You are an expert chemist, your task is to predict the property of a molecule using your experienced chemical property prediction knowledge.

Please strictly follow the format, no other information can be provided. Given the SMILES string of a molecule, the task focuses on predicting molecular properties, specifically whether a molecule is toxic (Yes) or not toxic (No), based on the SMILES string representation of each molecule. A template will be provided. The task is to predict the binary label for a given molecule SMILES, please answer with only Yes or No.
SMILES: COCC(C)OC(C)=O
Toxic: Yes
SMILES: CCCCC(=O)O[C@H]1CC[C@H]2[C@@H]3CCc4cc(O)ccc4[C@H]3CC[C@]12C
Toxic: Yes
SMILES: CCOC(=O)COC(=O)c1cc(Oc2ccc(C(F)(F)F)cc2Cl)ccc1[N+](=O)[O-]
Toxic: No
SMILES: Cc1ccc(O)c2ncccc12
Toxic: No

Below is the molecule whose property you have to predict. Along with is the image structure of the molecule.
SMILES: CC[C@@H](CO)NC(=O)[C@@H]1C=C2c3cccc4c3c(cn4C)C[C@H]2N(C)C1
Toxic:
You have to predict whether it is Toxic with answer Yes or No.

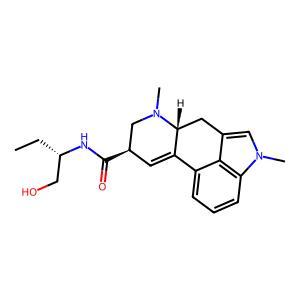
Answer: No